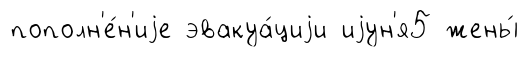
пополн'е́н'иjе эвакуа́циjи иjун'я5 жены́